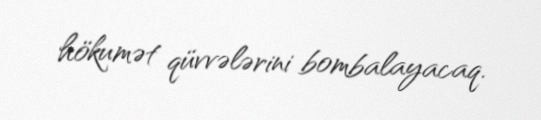
hökumət qüvvələrini bombalayacaq.